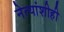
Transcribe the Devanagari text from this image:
नेत्यांशीही